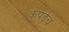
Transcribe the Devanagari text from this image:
कपडेच